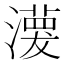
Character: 𤁊